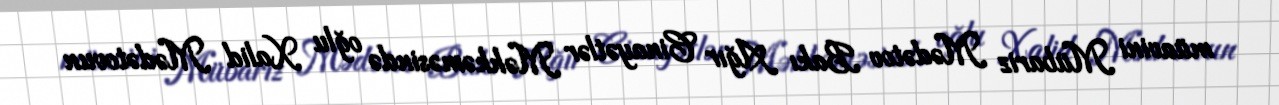
müavini Mübariz Mədətov Bakı Ağır Cinayətlər Məhkəməsində oğlu Xalid Mədətovun